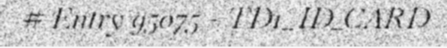
# Entry 95075 - TD1_ID_CARD